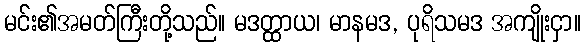
မင်း၏အမတ်ကြီးတို့သည်။ မဒတ္ထာယ၊ မာနမဒ, ပုရိသမဒ အကျိုးငှာ။